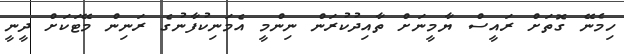
ހިމެނޭ ގޮތަށް ރައީސް ޔާމީނަށް ތާއިދުކުރަން ނިންމީ އެމަނިކުފާނުގެ ރަނިން މޭޓަކަށް ދީނީ